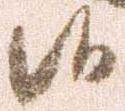
候